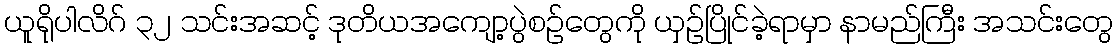
ယူရိုပါလိဂ် ၃၂ သင်းအဆင့် ဒုတိယအကျော့ပွဲစဉ်တွေကို ယှဉ်ပြိုင်ခဲ့ရာမှာ နာမည်ကြီး အသင်းတွေ